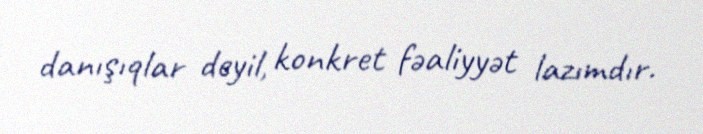
danışıqlar deyil, konkret fəaliyyət lazımdır.